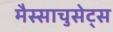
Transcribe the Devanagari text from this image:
मैस्साचुसेट्स